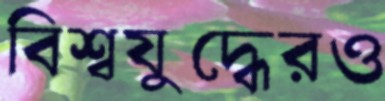
বিশ্বযুদ্ধেরও